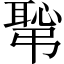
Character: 𢟛